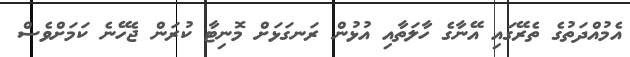
އެމުއްދަތުގެ ތެރޭގައި އޭނާގެ ހާލަތާއި އުޅުން ރަނގަޅަށް މޮނިޓާ ކުރަން ޖެހޭނެ ކަމަށްވެސް